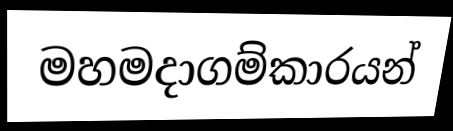
මහමදාගම්කාරයන්